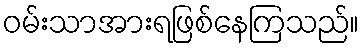
ဝမ်းသာအားရဖြစ်နေကြသည်။